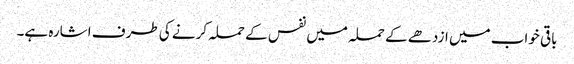
باقی خواب میں ازدھے کے حملہ میں نفس کے حملہ کرنے کی طرف اشارہ ہے۔